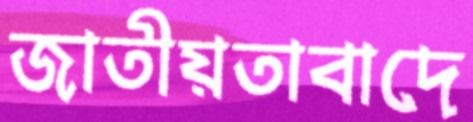
জাতীয়তাবাদে